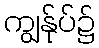
ကျွန်ုပ်၌